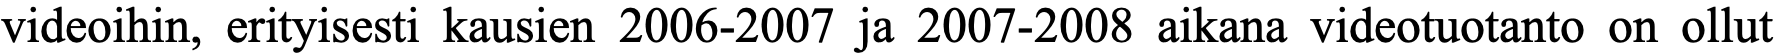
videoihin, erityisesti kausien 2006-2007 ja 2007-2008 aikana videotuotanto on ollut